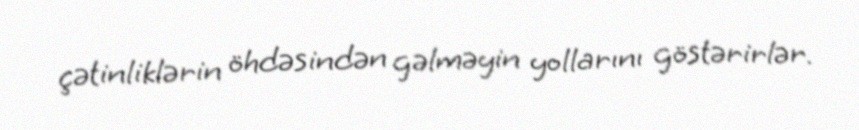
çətinliklərin öhdəsindən gəlməyin yollarını göstərirlər.